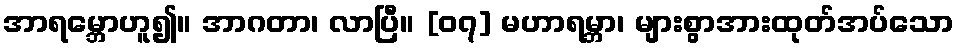
အာရမ္ဘောဟူ၍။ အာဂတာ၊ လာပြီ။ [၀၇] မဟာရမ္ဘာ၊ များစွာအားထုတ်အပ်သော